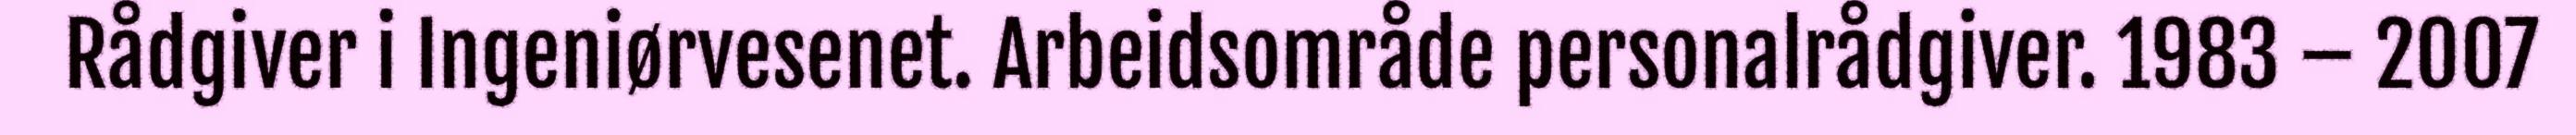
Rådgiver i Ingeniørvesenet. Arbeidsområde personalrådgiver. 1983 – 2007